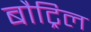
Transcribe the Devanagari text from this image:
बौट्रिल